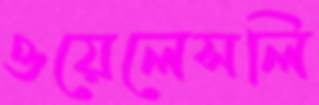
ওয়েলেসলি